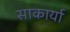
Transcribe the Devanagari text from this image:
साकार्या